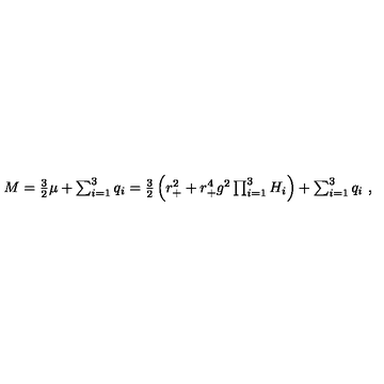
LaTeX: M = \textstyle { \frac { 3 } { 2 } } \mu + \sum _ { i = 1 } ^ { 3 } q _ { i } = \textstyle { \frac { 3 } { 2 } } \left( r _ { + } ^ { 2 } + r _ { + } ^ { 4 } g ^ { 2 } \prod _ { i = 1 } ^ { 3 } H _ { i } \right) + \sum _ { i = 1 } ^ { 3 } q _ { i } \ ,